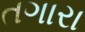
તગારા